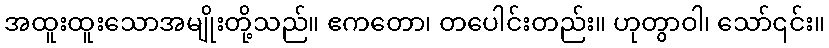
အထူးထူးသောအမျိုးတို့သည်။ ဧကတော၊ တပေါင်းတည်း။ ဟုတွာဝါ၊ သော်၎င်း။